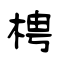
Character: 梬